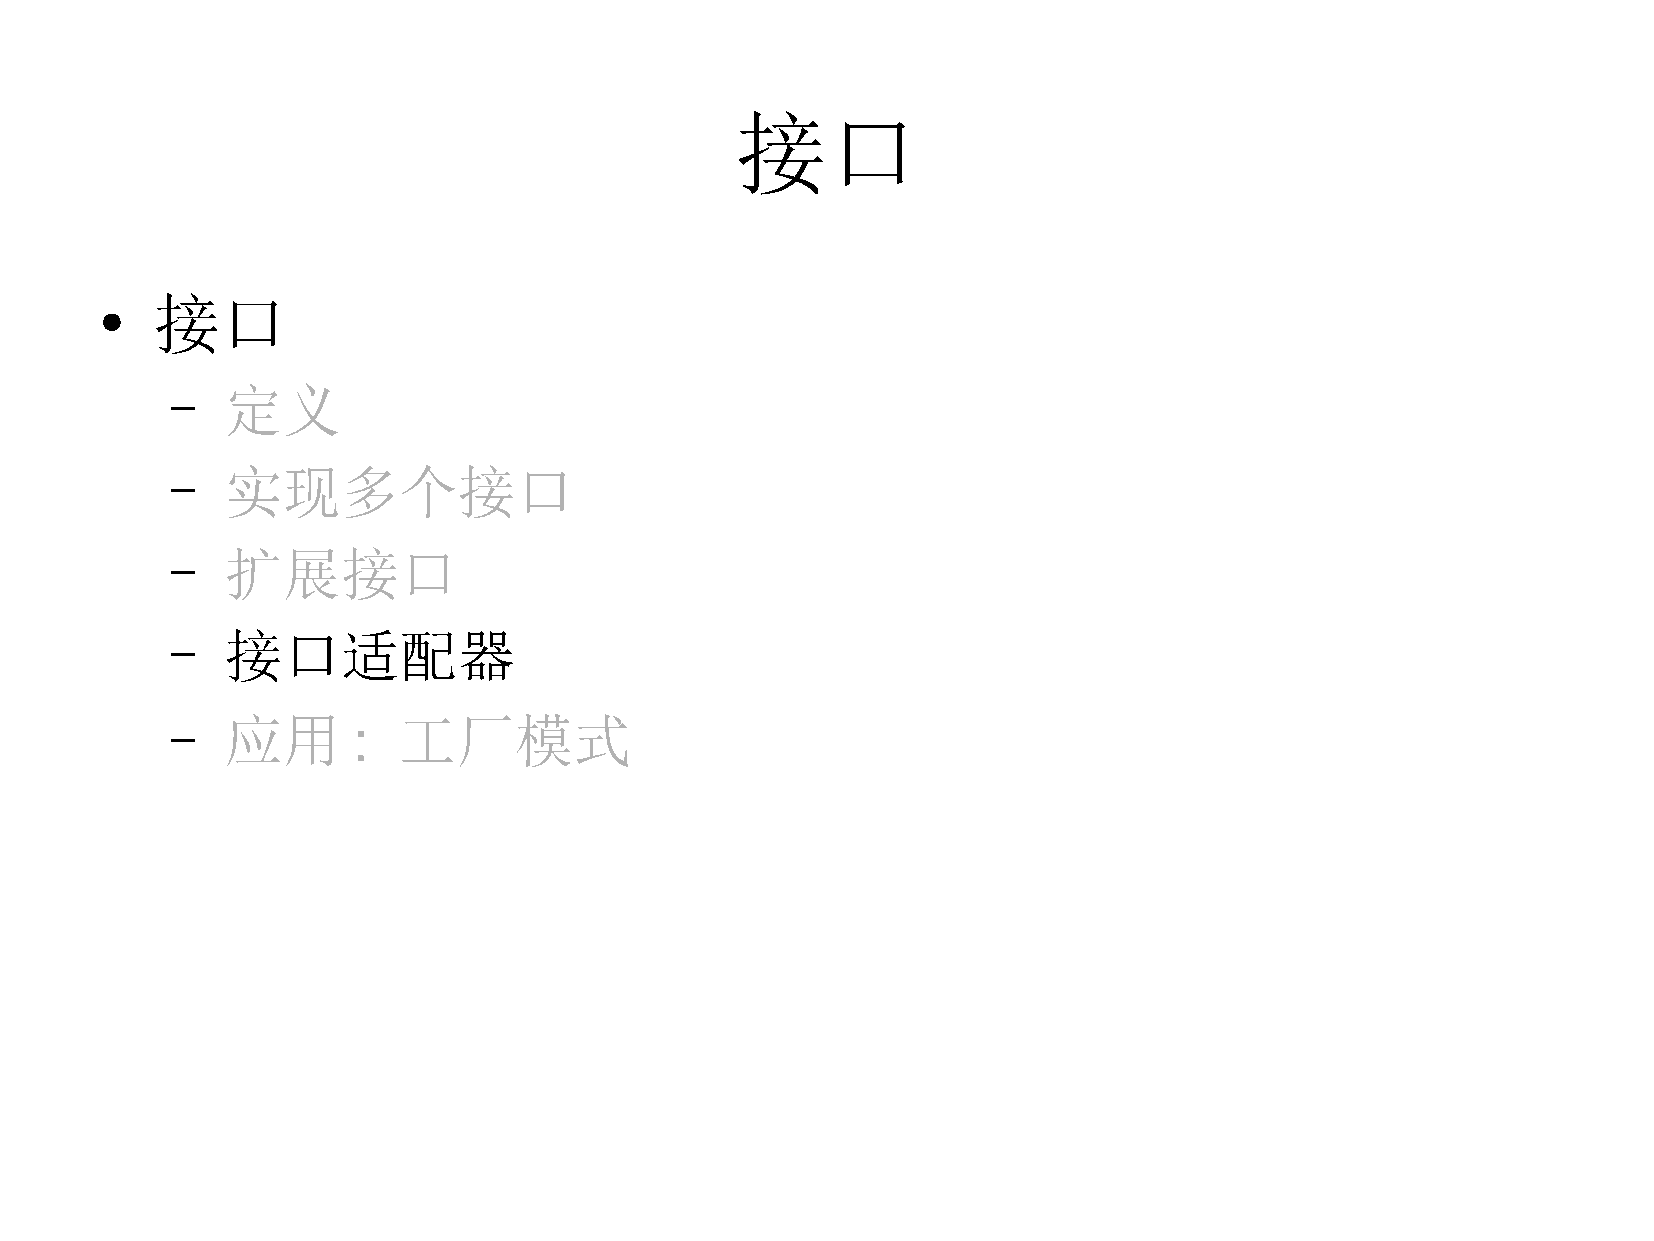
接口
 接口
 ●
 –   定义
 –   实现多个接口
 –   扩展接口
 –   接口适配器
 –   应用      :  工厂模式